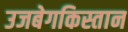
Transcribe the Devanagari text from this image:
उजबेगकिस्तान